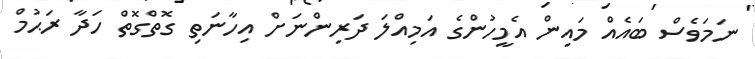
ނަމަވެސް ބައެއް މައިން އެމީހުންގެ އަމިއްލަ ދަރިންނަށް އިހާނަތި ގޮތްގޮތް ހަދާ ރަޙުމް